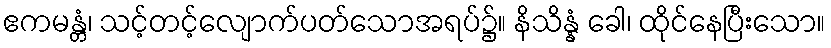
ဧကမန္တံ၊ သင့်တင့်လျောက်ပတ်သောအရပ်၌။ နိသိန္နံ ခေါ၊ ထိုင်နေပြီးသော။